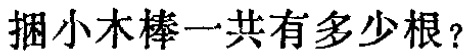
捆小木棒一共有多少根？